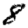
Digit: 8